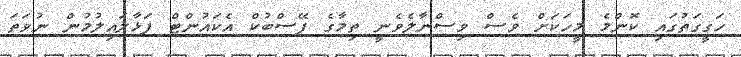
ހަގީގަތުގައި ކޮންމެ މީހަކަށް ވެސް ވިސްނާލެވެނީ ތިމާގެ ފޭސްބުކް އެކައުންޓް ފަޅާލައިލުމުން ނުވަތަ